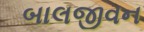
બાલજીવન